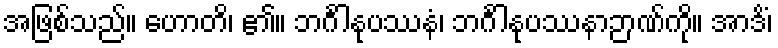
အဖြစ်သည်။ ဟောတိ၊ ၏။ ဘင်္ဂါနုပဿနံ၊ ဘင်္ဂါနုပဿနာဉာဏ်ကို။ အာဒိံ၊